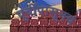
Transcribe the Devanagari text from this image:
पूर्वींपासूनच